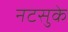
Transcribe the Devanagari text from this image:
नटसुके